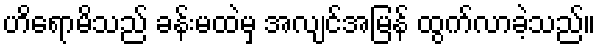
ဟိရောမိသည် ခန်းမထဲမှ အလျင်အမြန် ထွက်လာခဲ့သည်။